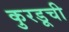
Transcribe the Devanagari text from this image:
कुरडूची